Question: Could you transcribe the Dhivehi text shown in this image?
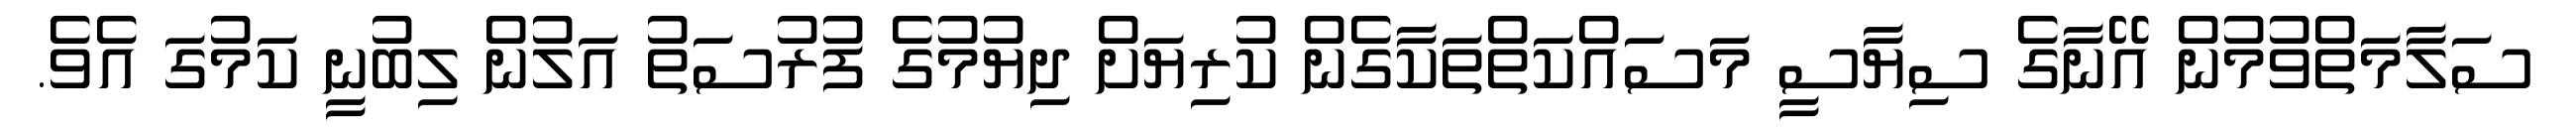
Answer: ސަލާމަތްވުމުން އޭނާގެ ސިޔާސީ މަސައްކަތްތަކާގެން ކުރިޔަށް ދިޔުމުގެ ފުރުސަތު އަލުން ލިބުނީ ކަމުގަ އެވެ.